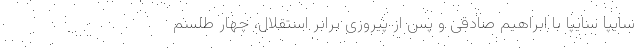
سایپا سایپا با ابراهیم صادقی و پس از پیروزی برابر استقلال، چهار طلسم